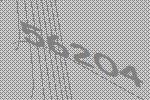
56204